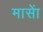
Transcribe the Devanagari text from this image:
मासाें